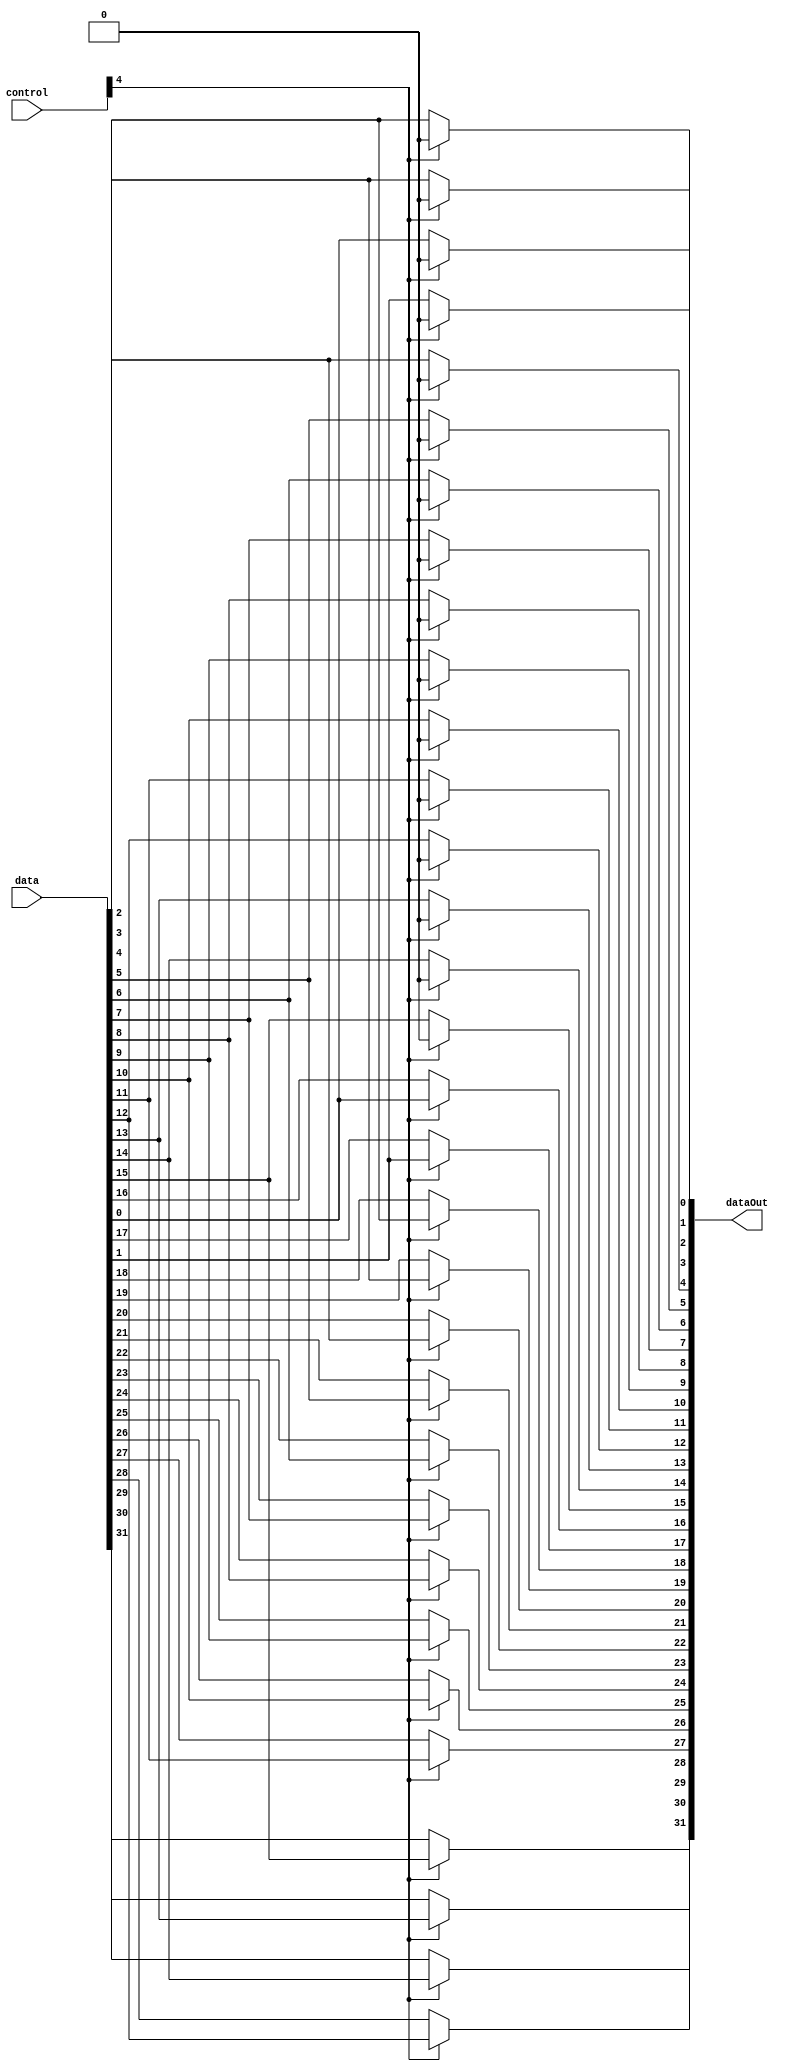
module Shifter_4( data, control, dataOut );
// 2^4(16bit)

input [31:0] data;
input [4:0] control;
output [31:0] dataOut ;

assign dataOut[0] = ( control[4] == 1 ) ? 1'b0 : data[0];
assign dataOut[1] = ( control[4] == 1 ) ? 1'b0 : data[1];
assign dataOut[2] = ( control[4] == 1 ) ? 1'b0 : data[2];
assign dataOut[3] = ( control[4] == 1 ) ? 1'b0 : data[3];
assign dataOut[4] = ( control[4] == 1 ) ? 1'b0 : data[4];
assign dataOut[5] = ( control[4] == 1 ) ? 1'b0 : data[5];
assign dataOut[6] = ( control[4] == 1 ) ? 1'b0 : data[6];
assign dataOut[7] = ( control[4] == 1 ) ? 1'b0 : data[7];
assign dataOut[8] = ( control[4] == 1 ) ? 1'b0 : data[8];
assign dataOut[9] = ( control[4] == 1 ) ? 1'b0 : data[9];
assign dataOut[10] = ( control[4] == 1 ) ? 1'b0 : data[10];
assign dataOut[11] = ( control[4] == 1 ) ? 1'b0 : data[11];
assign dataOut[12] = ( control[4] == 1 ) ? 1'b0 : data[12];
assign dataOut[13] = ( control[4] == 1 ) ? 1'b0 : data[13];
assign dataOut[14] = ( control[4] == 1 ) ? 1'b0 : data[14];
assign dataOut[15] = ( control[4] == 1 ) ? 1'b0 : data[15];
assign dataOut[16] = ( control[4] == 1 ) ? data[0] : data[16];
assign dataOut[17] = ( control[4] == 1 ) ? data[1] : data[17];
assign dataOut[18] = ( control[4] == 1 ) ? data[2] : data[18];
assign dataOut[19] = ( control[4] == 1 ) ? data[3] : data[19];
assign dataOut[20] = ( control[4] == 1 ) ? data[4] : data[20];
assign dataOut[21] = ( control[4] == 1 ) ? data[5] : data[21];
assign dataOut[22] = ( control[4] == 1 ) ? data[6] : data[22];
assign dataOut[23] = ( control[4] == 1 ) ? data[7] : data[23];
assign dataOut[24] = ( control[4] == 1 ) ? data[8] : data[24];
assign dataOut[25] = ( control[4] == 1 ) ? data[9] : data[25];
assign dataOut[26] = ( control[4] == 1 ) ? data[10] : data[26];
assign dataOut[27] = ( control[4] == 1 ) ? data[11] : data[27];
assign dataOut[28] = ( control[4] == 1 ) ? data[12] : data[28];
assign dataOut[29] = ( control[4] == 1 ) ? data[13] : data[29];
assign dataOut[30] = ( control[4] == 1 ) ? data[14] : data[30];
assign dataOut[31] = ( control[4] == 1 ) ? data[15] : data[31];

endmodule